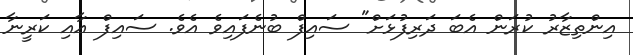
އިންތިޒާރު ކުރަން އެބަ ދަރިފުޅަށް" ސައިފް ބުނެފައިވެ އެވެ. ސައިފް އާއި ކަރީނާ